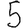
Digit: 5